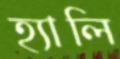
হ্যালি